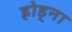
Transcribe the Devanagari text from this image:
ह्रोड्ना